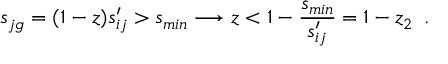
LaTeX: s _ { j g } = ( 1 - z ) s _ { i j } ^ { \prime } > s _ { m i n } \longrightarrow z < 1 - \frac { s _ { m i n } } { s _ { i j } ^ { \prime } } = 1 - z _ { 2 } \, \, \, .